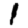
Digit: 1